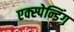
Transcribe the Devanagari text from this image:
एक्स्पेन्डिंग